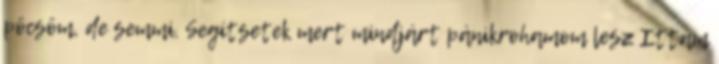
pöcsöm, de semmi. Segítsetek mert mindjárt pánikrohamom lesz Ittam